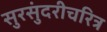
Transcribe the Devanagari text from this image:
सुरसुंदरीचरित्र